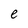
Character: e